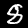
Digit: 8